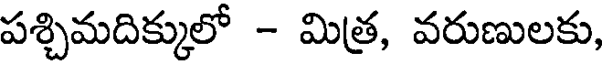
పశ్చిమదిక్కులో - మిత్ర, వరుణులకు,